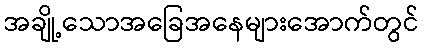
အချို့သောအခြေအနေများအောက်တွင်